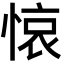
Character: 𢜺